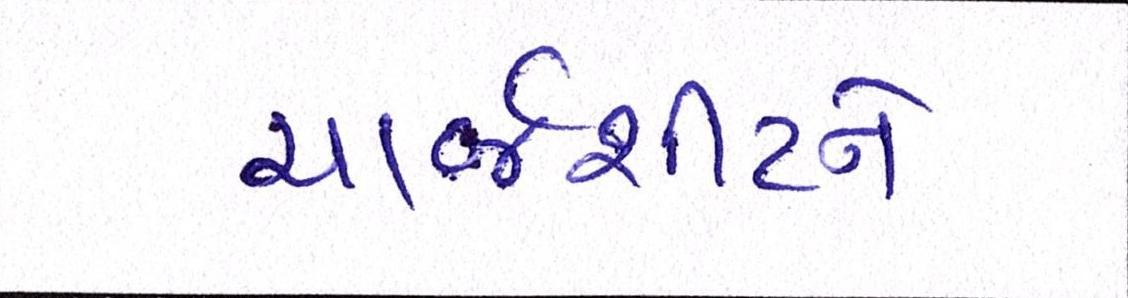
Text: ચાર્જશીટને